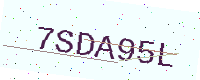
Text: 7SDA95L